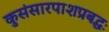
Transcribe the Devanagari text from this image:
कुसंसारपाशप्रबद्धः